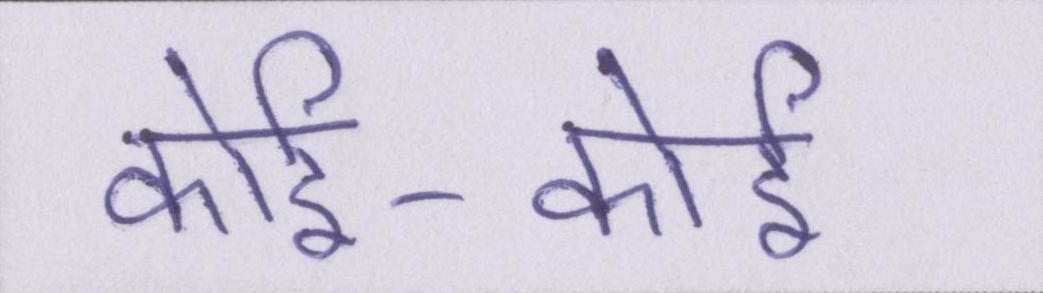
कोई-कोई